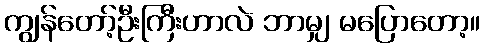
ကျွန်တော့်ဦးကြီးဟာလဲ ဘာမျှ မပြောတော့။